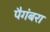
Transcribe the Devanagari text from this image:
पैगंबरा